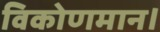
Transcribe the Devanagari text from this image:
विकोणमान।